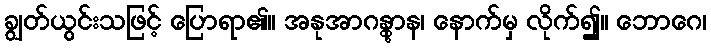
ချွတ်ယွင်းသဖြင့် ပြောရာ၏။ အနုအာဂန္တွာန၊ နောက်မှ လိုက်၍။ ဘောဂေ၊